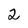
Character: 2